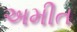
અમીત